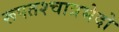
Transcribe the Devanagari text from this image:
रूपतश्चात्रभेदो